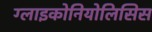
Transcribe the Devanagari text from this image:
ग्लाइकोनियोलिसिस